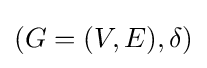
(G=(V,E),\delta )